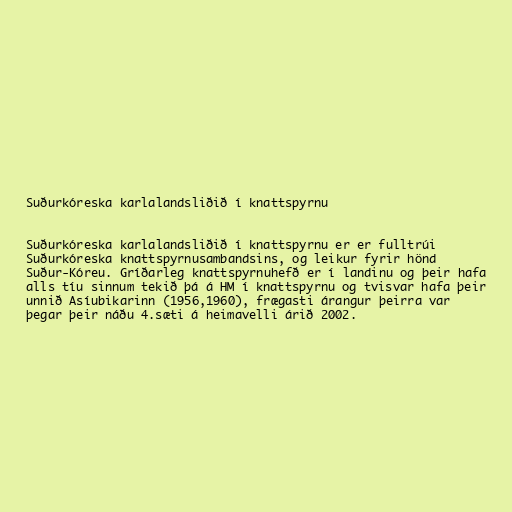
Suðurkóreska karlalandsliðið í knattspyrnu

Suðurkóreska karlalandsliðið í knattspyrnu er er fulltrúi
Suðurkóreska knattspyrnusambandsins, og leikur fyrir hönd
Suður-Kóreu. Gríðarleg knattspyrnuhefð er í landinu og þeir hafa
alls tíu sinnum tekið þá á HM í knattspyrnu og tvisvar hafa þeir
unnið Asíubikarinn (1956,1960), frægasti árangur þeirra var
þegar þeir náðu 4.sæti á heimavelli árið 2002.